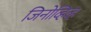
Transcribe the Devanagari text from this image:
जिनोव्हिव्ह